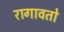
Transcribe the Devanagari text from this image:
रागावतो